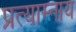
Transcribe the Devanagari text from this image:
प्रत्याम्नाय